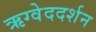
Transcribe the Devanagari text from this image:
ऋग्वेददर्शन